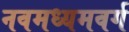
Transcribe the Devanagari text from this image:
नवमध्यमवर्ग